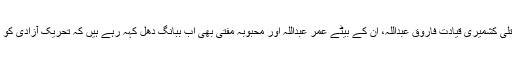
نصف صدی سے زائد عرصہ تک بھارتی سرکار کی مسلط کردہ کٹھ پتلی کشمیری قیادت فاروق عبداللہ، ان کے بیٹے عمر عبداللہ اور محبوبہ مفتی بھی اب ببانگ دھل کہہ رہے ہیں کہ تحریک آزادی کو نیا جوش و ولولہ پاکستان نہیں بھارتی سرکار کے مظالم دے رہے ہیں۔